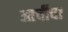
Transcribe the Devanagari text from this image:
आर्चीचा